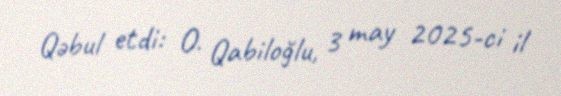
Qəbul etdi: O. Qabiloğlu, 3 may 2025-ci il